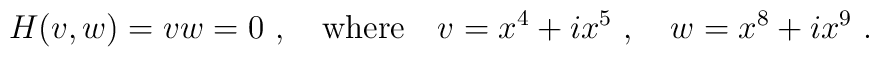
H(v,w)=vw=0~, \quad \mbox{where}\quad  v=x^4+ix^5~, \quad w=x^8+ix^9~.